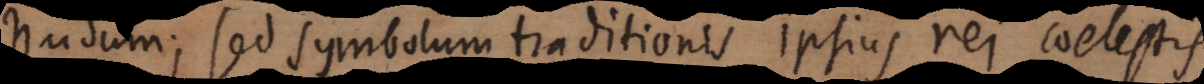
nudum; sed symbolum traditionis ipsius rei coelestis.